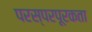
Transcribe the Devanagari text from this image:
परस्परपूरकता